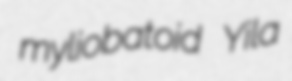
myliobatoid Yila